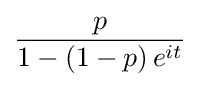
{\frac {p}{1-(1-p)\,e^{it}}}